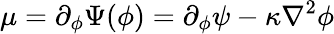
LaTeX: \mu=\partial_{\phi}\Psi(\phi)=\partial_{\phi}\psi-\kappa\nabla^{2}\phi